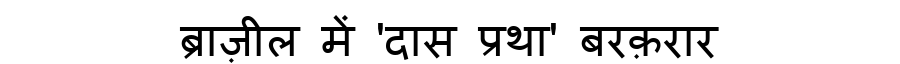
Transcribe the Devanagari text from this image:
ब्राज़ील में 'दास प्रथा' बरक़रार